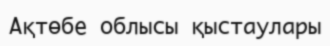
Ақтөбе облысы қыстаулары